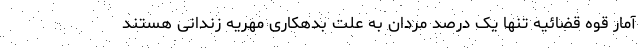
آمار قوه قضائیه تنها یک درصد مردان به علت بدهکاری مهریه زندانی هستند